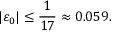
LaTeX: \vert \varepsilon _ { 0 } \vert \leq { \frac { 1 } { 1 7 } } \approx 0 . 0 5 9 .